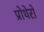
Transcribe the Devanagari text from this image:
प्रोथेरों